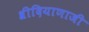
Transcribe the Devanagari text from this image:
श्रीदियाणाजी